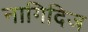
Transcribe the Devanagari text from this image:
नागिदिज